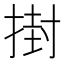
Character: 𭡞